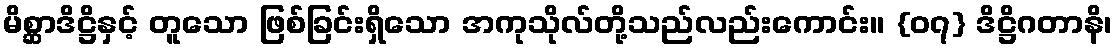
မိစ္ဆာဒိဋ္ဌိနှင့် တူသော ဖြစ်ခြင်းရှိသော အကုသိုလ်တို့သည်လည်းကောင်း။ {၀၇} ဒိဋ္ဌိဂတာနိ၊